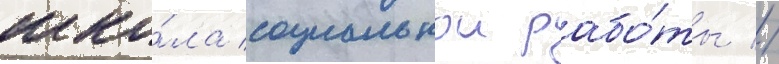
шко́ла социальнои рабо́ты //